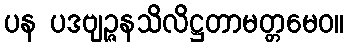
ပန ပဒဗျဉ္ဇနသိလိဋ္ဌတာမတ္တမေဝ။